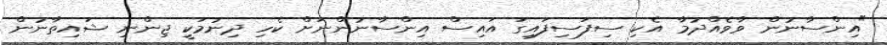
"އިންސާނުން ވާވެއްދުމާ އެކި ސިފަސިފައިގަ އައިސް އިންސާނުންނަށް ކެހި ދިނުމަކީ ޖިންނި ޝައިތާނުން